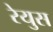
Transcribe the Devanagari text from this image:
रेयुस